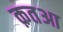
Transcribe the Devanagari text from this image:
क़तआ